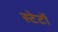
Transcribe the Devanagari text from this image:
स्टेटों